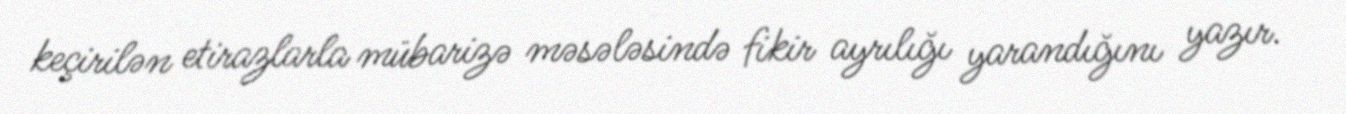
keçirilən etirazlarla mübarizə məsələsində fikir ayrılığı yarandığını yazır.